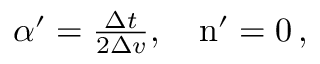
\begin{array} { r } { \alpha ^ { \prime } = \frac { \Delta t } { 2 \Delta v } , \quad \mathrm { n } ^ { \prime } = 0 \, , } \end{array}